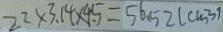
2 2 \times 3 . 1 4 \times 4 . 5 = 5 6 . 5 2 ( c m ^ { 3 } )